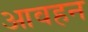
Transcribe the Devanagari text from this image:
आवहन